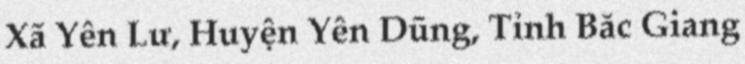
Xã Yên Lư, Huyện Yên Dũng, Tỉnh Bắc Giang